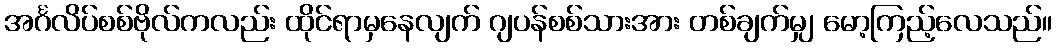
အင်္ဂလိပ်စစ်ဗိုလ်ကလည်း ထိုင်ရာမှနေလျက် ဂျပန်စစ်သားအား တစ်ချက်မျှ မော့ကြည့်လေသည်။